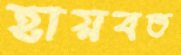
হায়বত